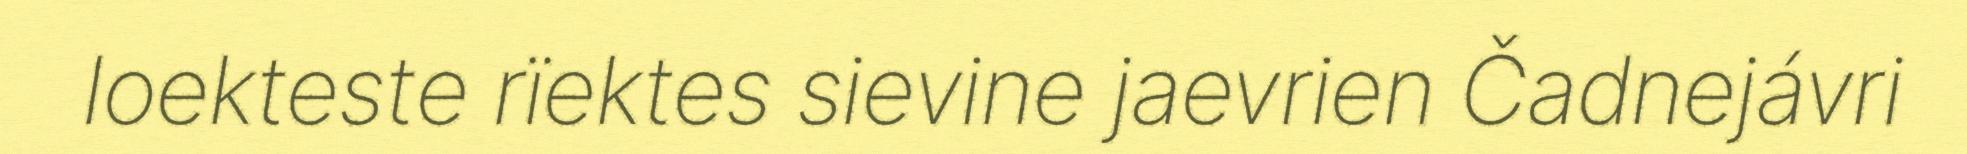
loekteste rïektes sievine jaevrien Čadnejávri